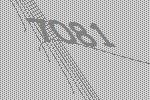
7081